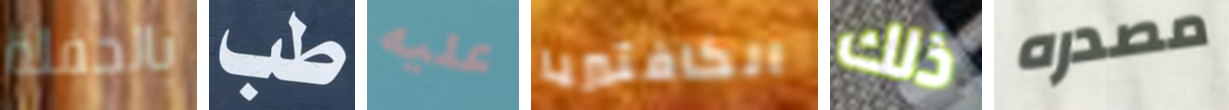
بالحفلة طب عليه الكافتيريا ذلك مصدره